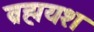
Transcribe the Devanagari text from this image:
ब्रह्मयश